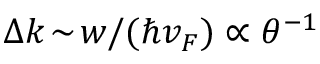
\Delta k \! \sim \! w / ( \hbar v _ { F } ) \propto \theta ^ { - 1 }